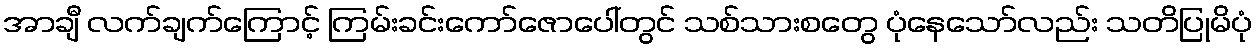
အာချီ လက်ချက်ကြောင့် ကြမ်းခင်းကော်ဇောပေါ်တွင် သစ်သားစတွေ ပုံနေသော်လည်း သတိပြုမိပုံ